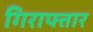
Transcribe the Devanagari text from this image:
गिराफ्तार